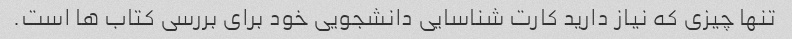
تنها چیزی که نیاز دارید کارت شناسایی دانشجویی خود برای بررسی کتاب ها است.